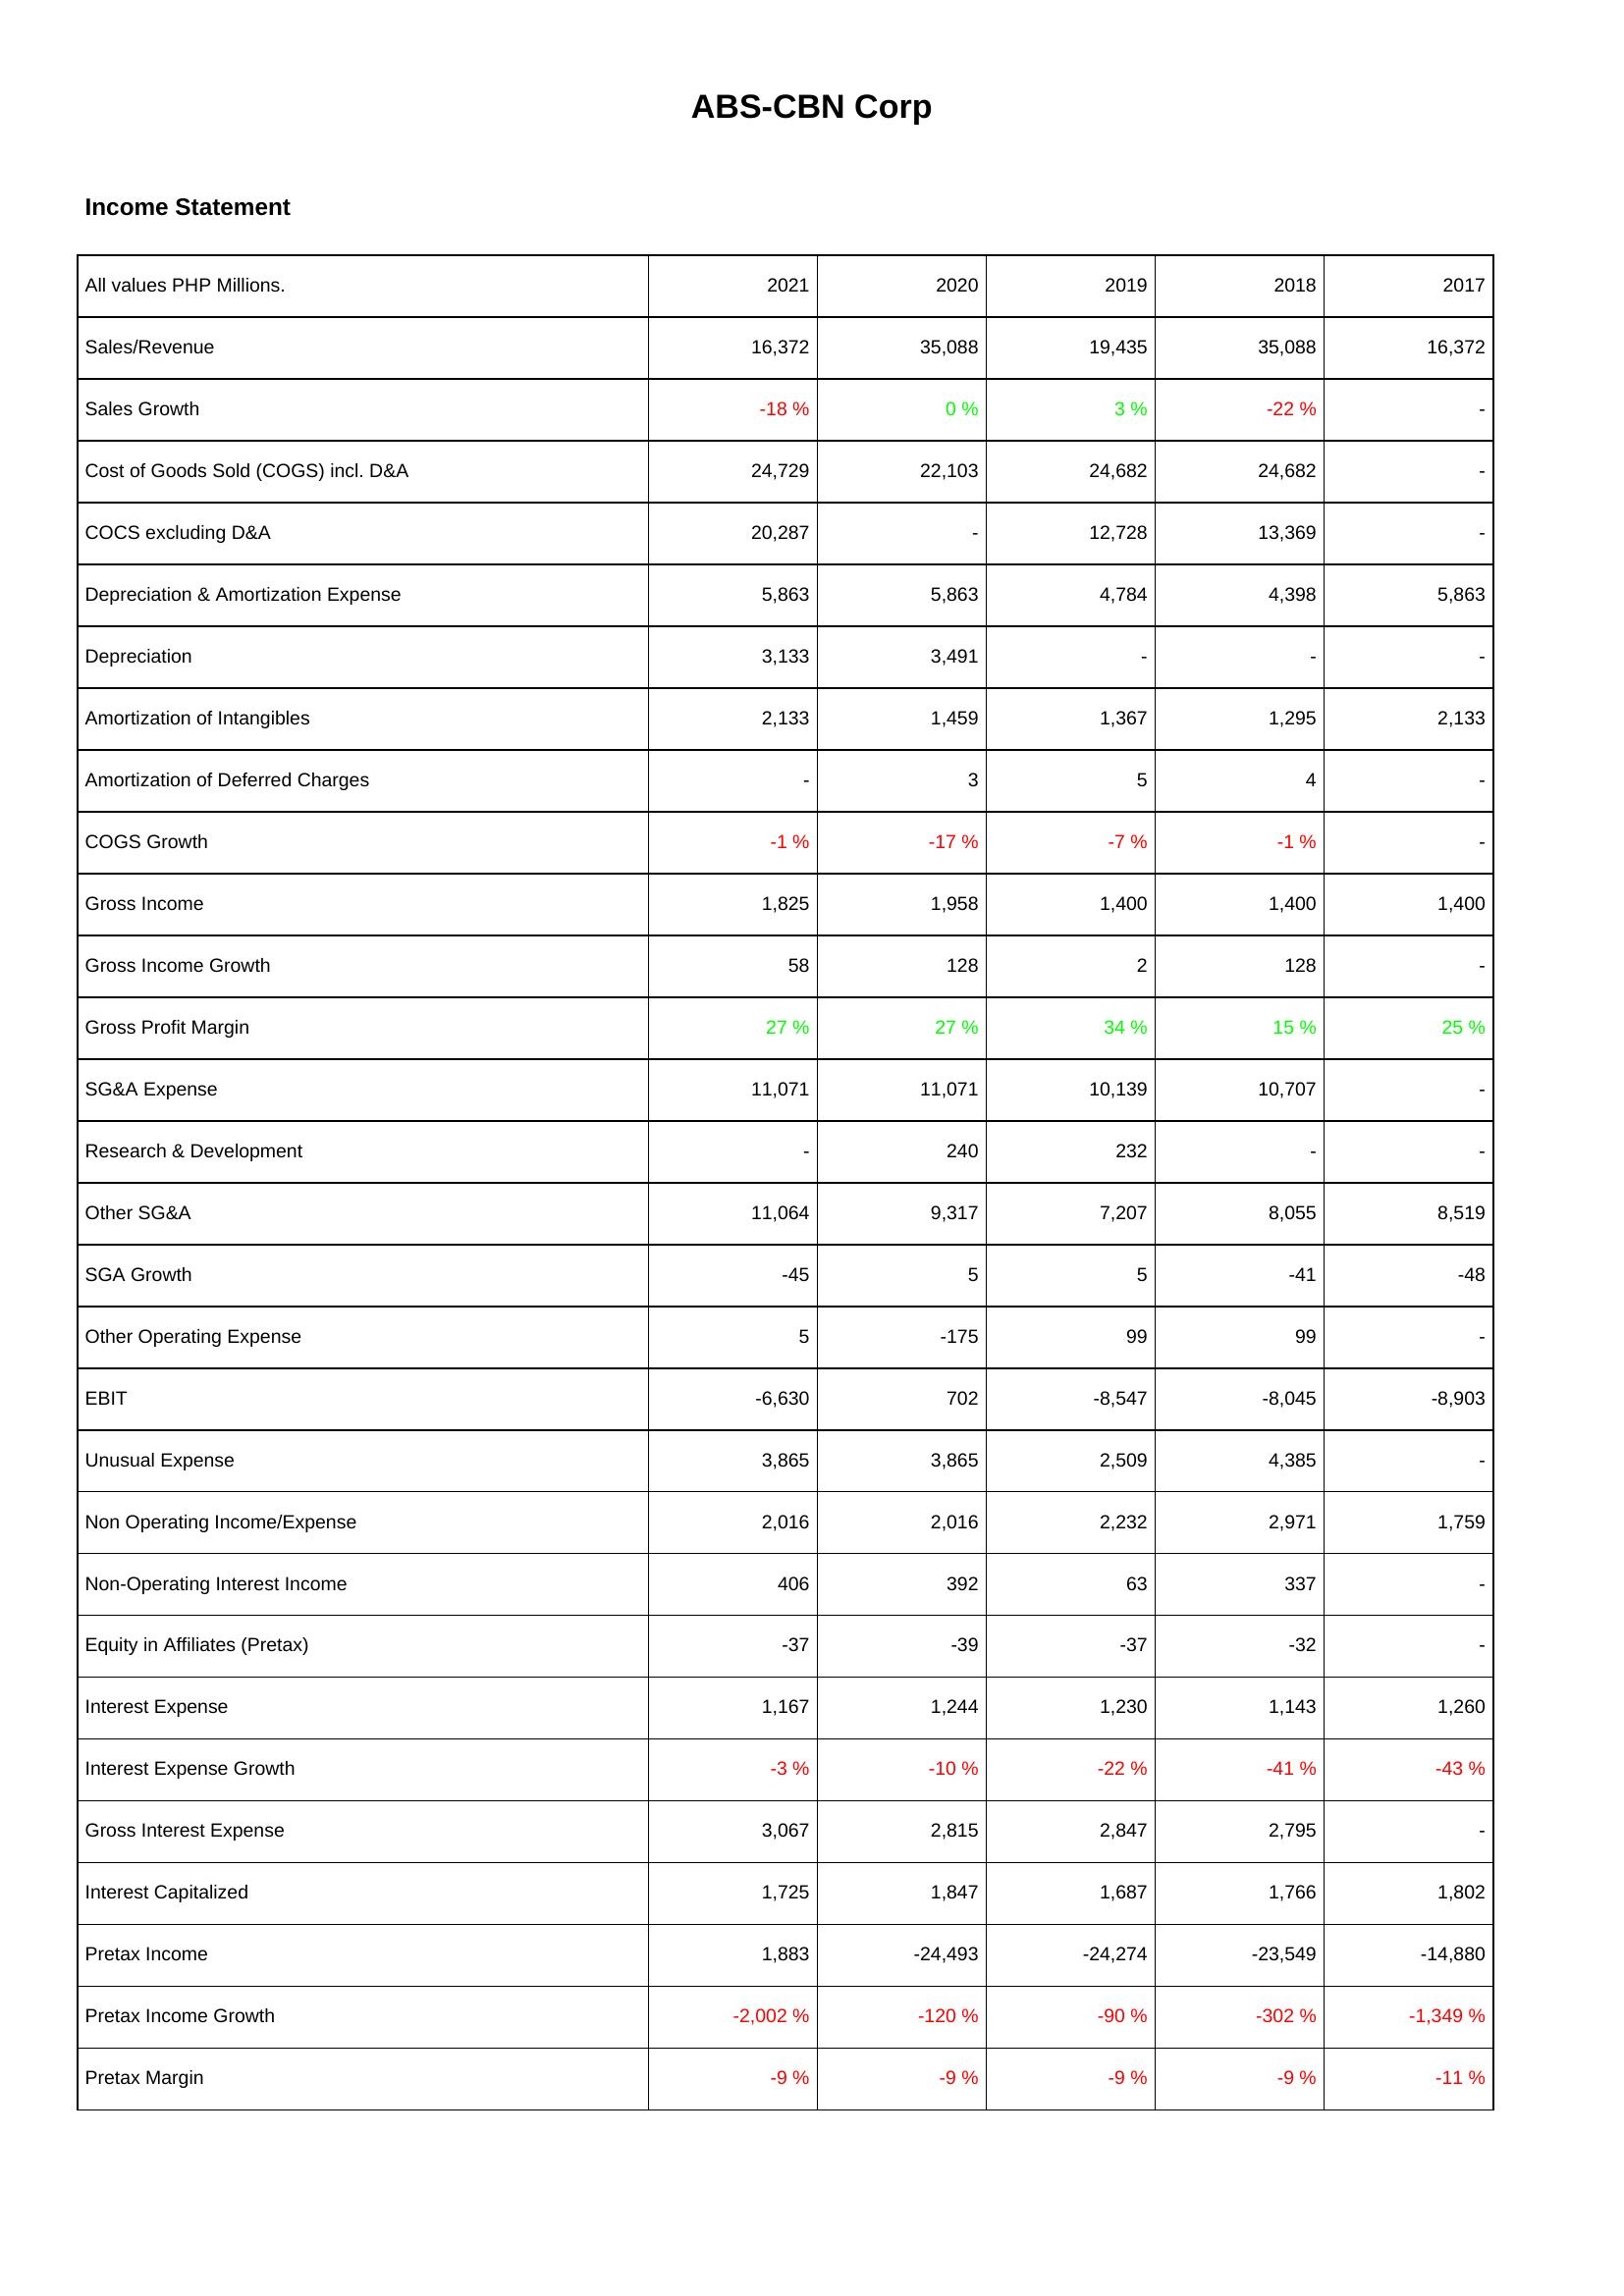
2021: Income Statement: Sales/Revenue: 16,372
Sales Growth: -18 %
Cost of Goods Sold (COGS) incl. D&A: 24,729
COCS excluding D&A: 20,287
Depreciation & Amortization Expense: 5,863
Depreciation: 3,133
Amortization of Intangibles: 2,133
Amortization of Deferred Charges: -
COGS Growth: -1 %
Gross Income: 1,825
Gross Income Growth: 58
Gross Profit Margin: 27 %
SG&A Expense: 11,071
Research & Development: -
Other SG&A: 11,064
SGA Growth: -45
Other Operating Expense: 5
EBIT: -6,630
Unusual Expense: 3,865
Non Operating Income/Expense: 2,016
Non-Operating Interest Income: 406
Equity in Affiliates (Pretax): -37
Interest Expense: 1,167
Interest Expense Growth: -3 %
Gross Interest Expense: 3,067
Interest Capitalized: 1,725
Pretax Income: 1,883
Pretax Income Growth: -2,002 %
Pretax Margin: -9 %
2020: Income Statement: Sales/Revenue: 35,088
Sales Growth: 0 %
Cost of Goods Sold (COGS) incl. D&A: 22,103
COCS excluding D&A: -
Depreciation & Amortization Expense: 5,863
Depreciation: 3,491
Amortization of Intangibles: 1,459
Amortization of Deferred Charges: 3
COGS Growth: -17 %
Gross Income: 1,958
Gross Income Growth: 128
Gross Profit Margin: 27 %
SG&A Expense: 11,071
Research & Development: 240
Other SG&A: 9,317
SGA Growth: 5
Other Operating Expense: -175
EBIT: 702
Unusual Expense: 3,865
Non Operating Income/Expense: 2,016
Non-Operating Interest Income: 392
Equity in Affiliates (Pretax): -39
Interest Expense: 1,244
Interest Expense Growth: -10 %
Gross Interest Expense: 2,815
Interest Capitalized: 1,847
Pretax Income: -24,493
Pretax Income Growth: -120 %
Pretax Margin: -9 %
2019: Income Statement: Sales/Revenue: 19,435
Sales Growth: 3 %
Cost of Goods Sold (COGS) incl. D&A: 24,682
COCS excluding D&A: 12,728
Depreciation & Amortization Expense: 4,784
Depreciation: -
Amortization of Intangibles: 1,367
Amortization of Deferred Charges: 5
COGS Growth: -7 %
Gross Income: 1,400
Gross Income Growth: 2
Gross Profit Margin: 34 %
SG&A Expense: 10,139
Research & Development: 232
Other SG&A: 7,207
SGA Growth: 5
Other Operating Expense: 99
EBIT: -8,547
Unusual Expense: 2,509
Non Operating Income/Expense: 2,232
Non-Operating Interest Income: 63
Equity in Affiliates (Pretax): -37
Interest Expense: 1,230
Interest Expense Growth: -22 %
Gross Interest Expense: 2,847
Interest Capitalized: 1,687
Pretax Income: -24,274
Pretax Income Growth: -90 %
Pretax Margin: -9 %
2018: Income Statement: Sales/Revenue: 35,088
Sales Growth: -22 %
Cost of Goods Sold (COGS) incl. D&A: 24,682
COCS excluding D&A: 13,369
Depreciation & Amortization Expense: 4,398
Depreciation: -
Amortization of Intangibles: 1,295
Amortization of Deferred Charges: 4
COGS Growth: -1 %
Gross Income: 1,400
Gross Income Growth: 128
Gross Profit Margin: 15 %
SG&A Expense: 10,707
Research & Development: -
Other SG&A: 8,055
SGA Growth: -41
Other Operating Expense: 99
EBIT: -8,045
Unusual Expense: 4,385
Non Operating Income/Expense: 2,971
Non-Operating Interest Income: 337
Equity in Affiliates (Pretax): -32
Interest Expense: 1,143
Interest Expense Growth: -41 %
Gross Interest Expense: 2,795
Interest Capitalized: 1,766
Pretax Income: -23,549
Pretax Income Growth: -302 %
Pretax Margin: -9 %
2017: Income Statement: Sales/Revenue: 16,372
Sales Growth: -
Cost of Goods Sold (COGS) incl. D&A: -
COCS excluding D&A: -
Depreciation & Amortization Expense: 5,863
Depreciation: -
Amortization of Intangibles: 2,133
Amortization of Deferred Charges: -
COGS Growth: -
Gross Income: 1,400
Gross Income Growth: -
Gross Profit Margin: 25 %
SG&A Expense: -
Research & Development: -
Other SG&A: 8,519
SGA Growth: -48
Other Operating Expense: -
EBIT: -8,903
Unusual Expense: -
Non Operating Income/Expense: 1,759
Non-Operating Interest Income: -
Equity in Affiliates (Pretax): -
Interest Expense: 1,260
Interest Expense Growth: -43 %
Gross Interest Expense: -
Interest Capitalized: 1,802
Pretax Income: -14,880
Pretax Income Growth: -1,349 %
Pretax Margin: -11 %